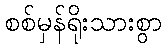
စစ်မှန်ရိုးသားစွာ